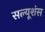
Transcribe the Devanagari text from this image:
सल्यूशंस